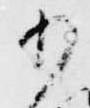
少